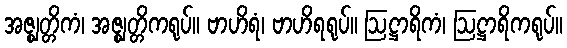
အဇ္ဈတ္တိကံ၊ အဇ္ဈတ္တိကရုပ်။ ဗာဟိရံ၊ ဗာဟိရရုပ်။ ဩဋ္ဌာရိကံ၊ ဩဋ္ဌာရိကရုပ်။